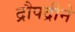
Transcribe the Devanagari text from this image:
द्रौपद्रीने